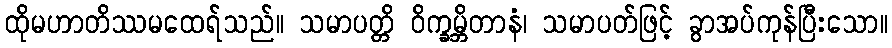
ထိုမဟာတိဿမထေရ်သည်။ သမာပတ္တိ ဝိက္ခမ္ဘိတာနံ၊ သမာပတ်ဖြင့် ခွာအပ်ကုန်ပြီးသော။